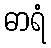
ဓာရံ